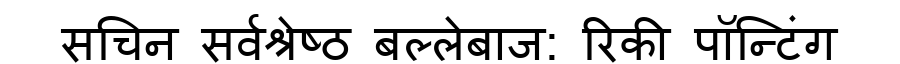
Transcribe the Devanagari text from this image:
सचिन सर्वश्रेष्ठ बल्लेबाज: रिकी पॉन्टिंग